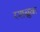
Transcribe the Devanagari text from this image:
रशब्रुक